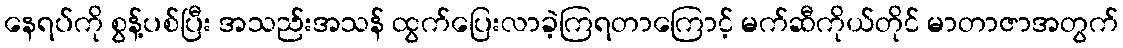
နေရပ်ကို စွန့်ပစ်ပြီး အသည်းအသန် ထွက်ပြေးလာခဲ့ကြရတာကြောင့် မက်ဆီကိုယ်တိုင် မာတာဇာအတွက်